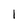
Character: I